Insane asylums in Bengal annual reports 1876-1887 - 1876-1887
Year: 1876
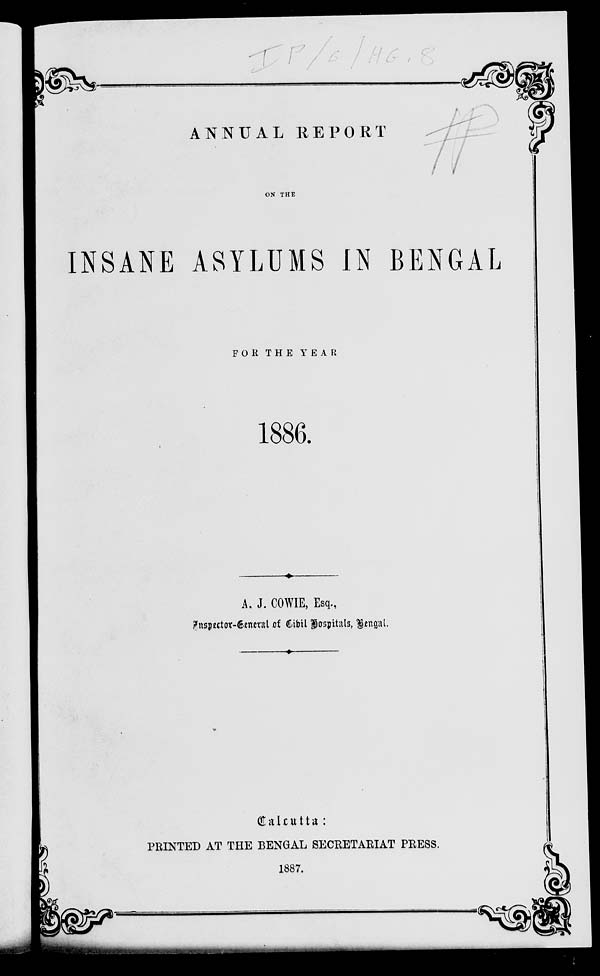
ANNUAL REPORT
ON THE
INSANE ASYLUMS IN BENGAL
FOR THE
YEAR
1886.
A. J. COWIE, Esq.,
Inspertor-General of Civil hospitals, Bengal.
Calcutta :
PRINTED AT THE BENGAL SECRETARIAT PRESS.
1887.